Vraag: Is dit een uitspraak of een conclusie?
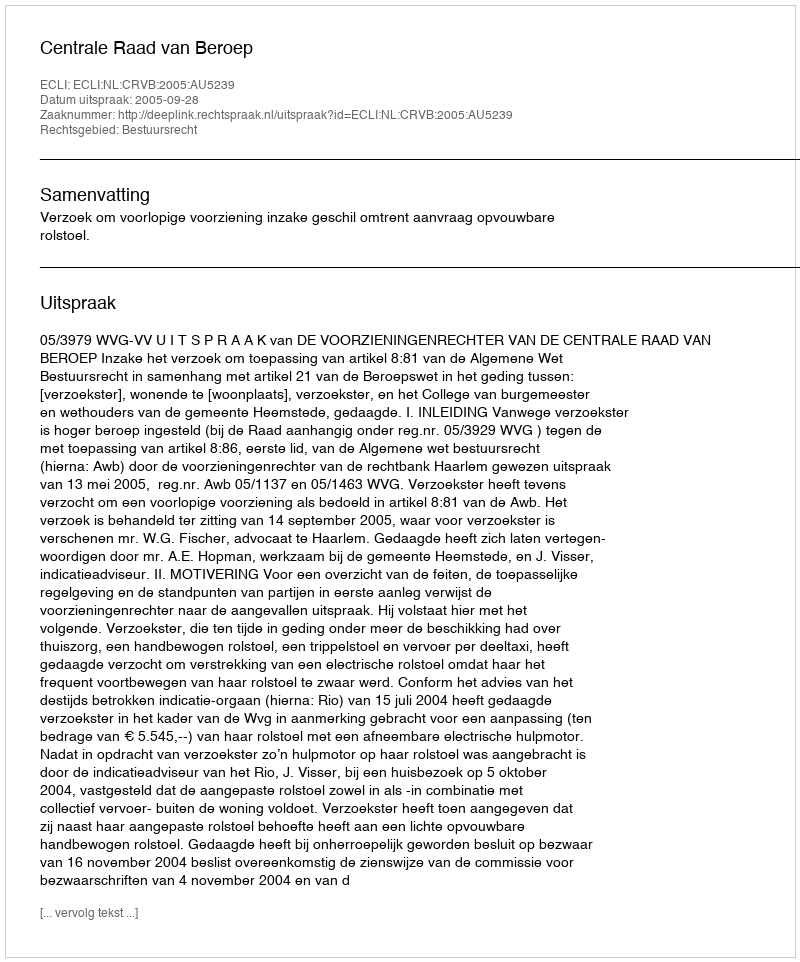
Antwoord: Uitspraak